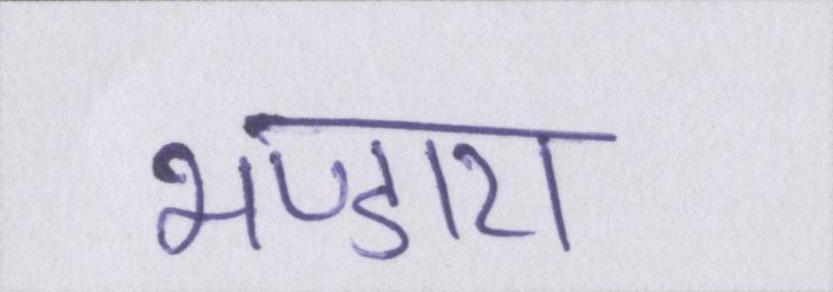
भण्डारा